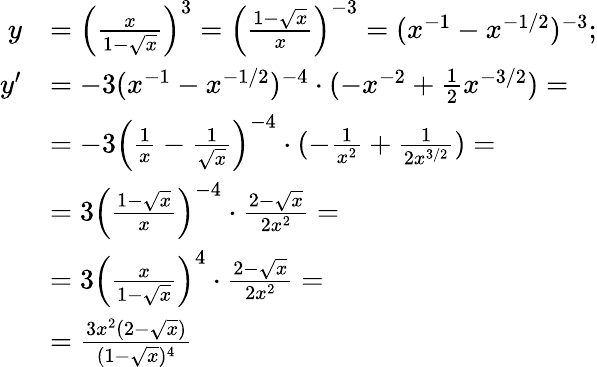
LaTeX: \begin{array}{rl}{y}&{=\left(\frac{x}{1-\sqrt{x}}\right)^{3}=\left(\frac{1-\sqrt{x}}{x}\right)^{-3}=(x^{-1}-x^{-1/2})^{-3};}\\ {y^{\prime}}&{=-3(x^{-1}-x^{-1/2})^{-4}\cdot(-x^{-2}+\frac 12x^{-3/2})=}\\ &{=-3\left(\frac 1x-\frac 1{\sqrt{x}}\right)^{-4}\cdot(-\frac 1{x^{2}}+\frac 1{2x^{3/2}})=}\\ &{=3\left(\frac{1-\sqrt{x}}{x}\right)^{-4}\cdot\frac{2-\sqrt{x}}{2x^{2}}=}\\ &{=3\left(\frac{x}{1-\sqrt{x}}\right)^{4}\cdot\frac{2-\sqrt{x}}{2x^{2}}=}\\ &{=\frac{3x^{2}(2-\sqrt{x})}{(1-\sqrt{x})^{4}}}\end{array}